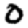
Digit: 0